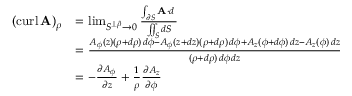
{ \begin{array} { r l } { ( \operatorname { c u r l } \mathbf { A } ) _ { \rho } } & { = \operatorname* { l i m } _ { S ^ { \perp { \boldsymbol { \hat { \rho } } } } \to 0 } { \frac { \int _ { \partial S } \mathbf { A } \cdot d \mathbf { \ell } } { \iint _ { S } d S } } } \\ & { = { \frac { A _ { \phi } ( z ) ( \rho + d \rho ) \, d \phi - A _ { \phi } ( z + d z ) ( \rho + d \rho ) \, d \phi + A _ { z } ( \phi + d \phi ) \, d z - A _ { z } ( \phi ) \, d z } { ( \rho + d \rho ) \, d \phi \, d z } } } \\ & { = - { \frac { \partial A _ { \phi } } { \partial z } } + { \frac { 1 } { \rho } } { \frac { \partial A _ { z } } { \partial \phi } } } \end{array} }